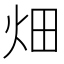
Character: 畑